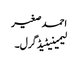
احمد صغیر
لیمینیٹیڈ گرل۔